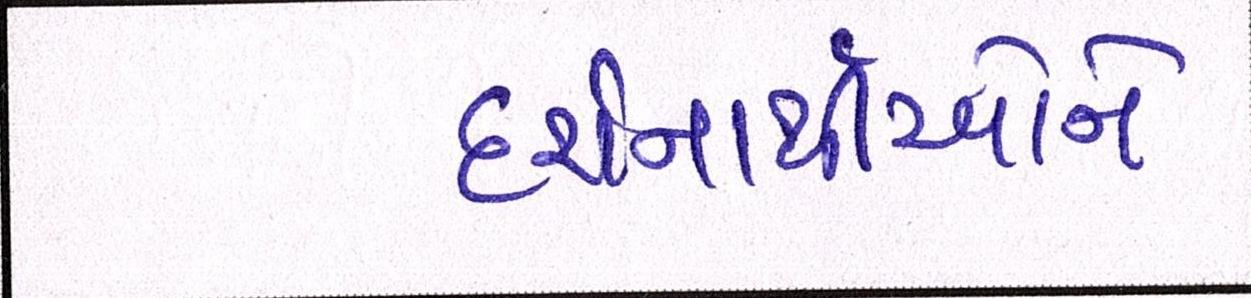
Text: દર્શનાર્થીઓને